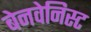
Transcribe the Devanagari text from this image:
बेनवेनिस्ट